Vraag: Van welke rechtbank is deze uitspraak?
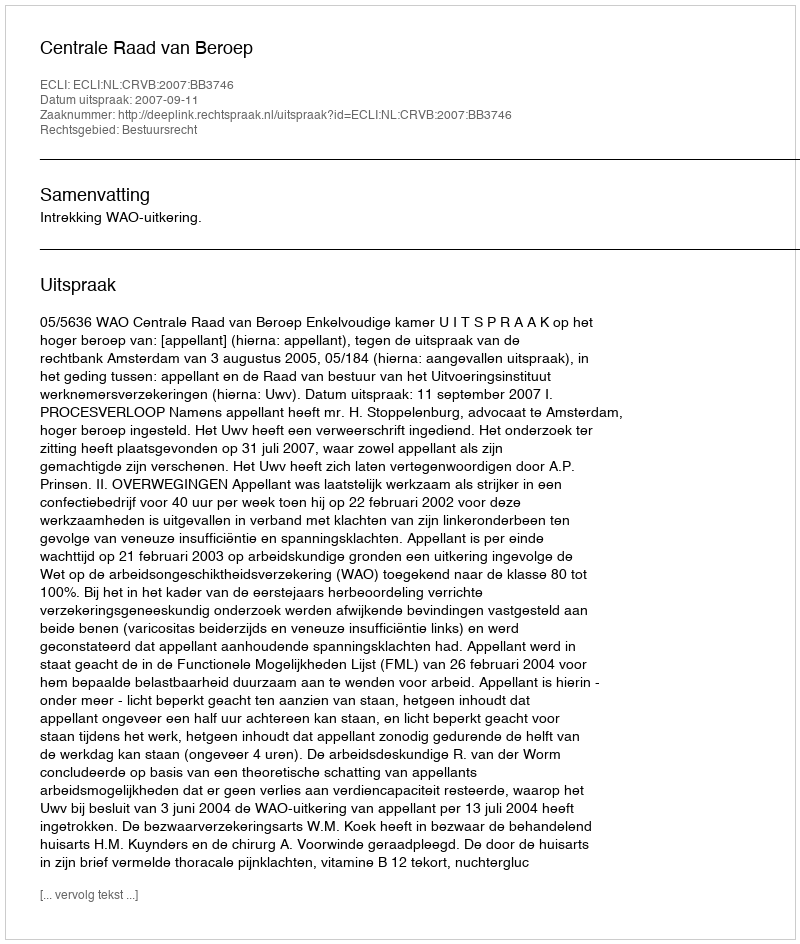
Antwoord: Centrale Raad van Beroep